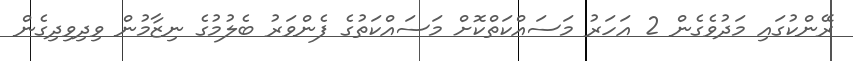
ރޭންކުގައި މަދުވެގެން 2 އަހަރު މަސައްކަތްކޮށް މަސައްކަތުގެ ފެންވަރު ބެލުމުގެ ނިޒާމުން ވިދިވިދިގެން